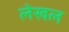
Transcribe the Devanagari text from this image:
लेखल